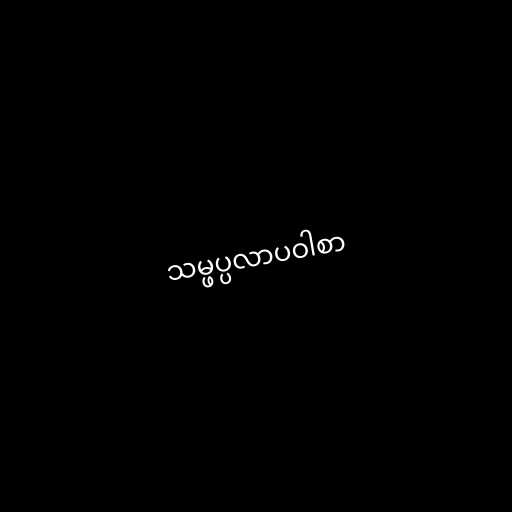
သမ္ဖပ္ပလာပဝါစာ